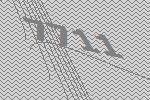
7711